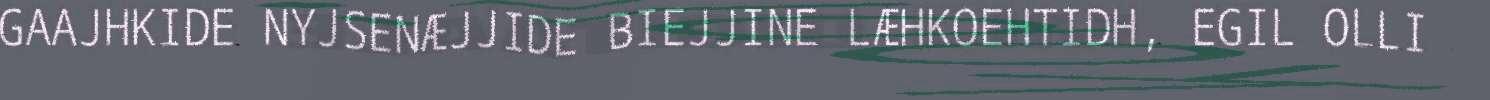
GAAJHKIDE NYJSENÆJJIDE BIEJJINE LÆHKOEHTIDH, EGIL OLLI